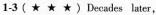
1-3(★ ★ ★)Decades later,